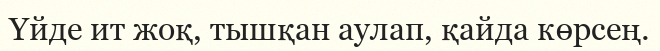
Үйде ит жоқ, тышқан аулап, қайда көрсең.